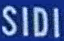
SIDI